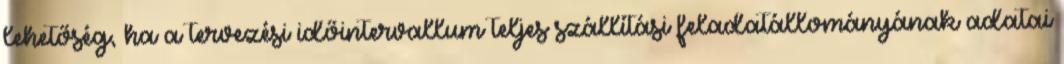
lehetőség, ha a tervezési időintervallum teljes szállítási feladatállományának adatai